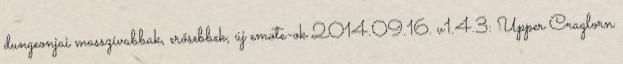
dungeonjai masszívabbak, erősebbek, új emote-ok 2014.09.16. v1.4.3: Upper Craglorn